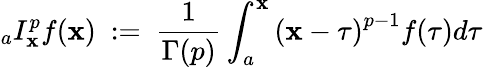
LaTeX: {}_{a}I_{\mathbf{x}}^{p}f(\mathbf{x})~:=~{\frac{{1}}{{\Gamma(p)}}}\int_{a}^{\mathbf{x}}{(\mathbf{x}-\tau)}^{p-1}f(\tau)d\tau